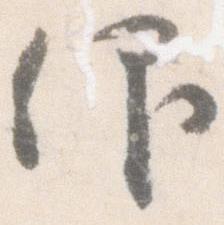
仰